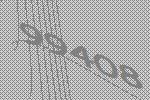
99408